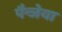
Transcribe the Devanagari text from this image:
पैन्जेया